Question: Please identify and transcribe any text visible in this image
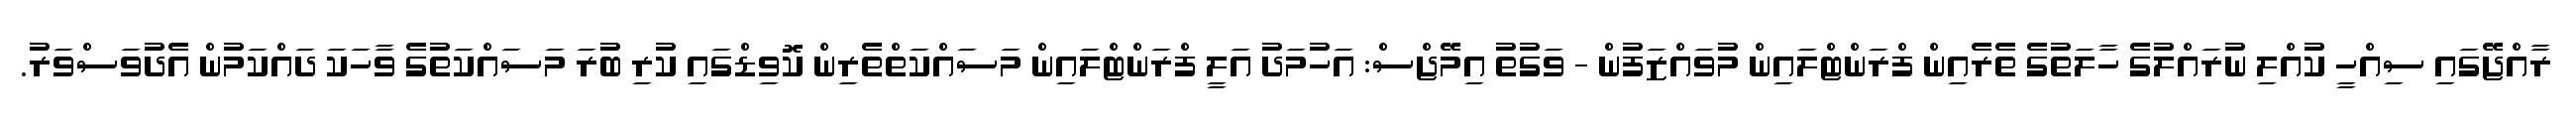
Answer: ރާއްޖޭގައި ސިއްހީ ކުއްލި ނުރައްލަުގެ ހާލަތުގެ ތެރެއިން ފްރަންޓްލައިން މުވައްޒަފުން - ވަގުތު އިމޭޖްސް: އަހުމަދު އަލީ ފްރަންޓްލައިން މަސައްކަތްތެރިން ކޮވިޑްގައި ކުރި ބުރަ މަސައްކަތުގެ ވާހަކަ ދައްކަމުން އެދުވަސްވަރު.